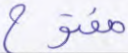
مفتوح